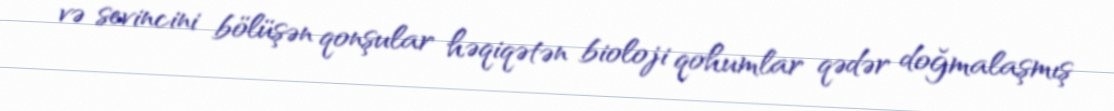
və sevincini bölüşən qonşular həqiqətən bioloji qohumlar qədər doğmalaşmış